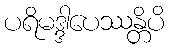
ပရိမဒ္ဒါပေဿန္တိပိ